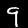
Digit: 9